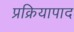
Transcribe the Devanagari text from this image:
प्रक्रियापाद